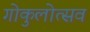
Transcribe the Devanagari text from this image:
गोकुलोत्सव